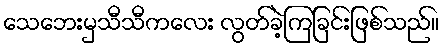
သေဘေးမှသီသီကလေး လွတ်ခဲ့ကြခြင်းဖြစ်သည်။